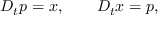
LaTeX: D _ { t } p = x , \qquad D _ { t } x = p ,